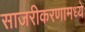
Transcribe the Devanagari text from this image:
साजरीकरणामध्ये